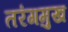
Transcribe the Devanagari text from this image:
तरंगमुख